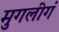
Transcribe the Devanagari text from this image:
मुगलीगं